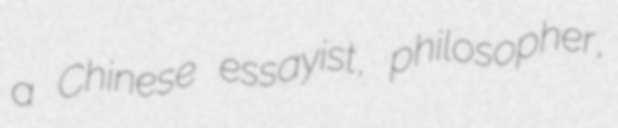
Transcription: a Chinese essayist, philosopher,